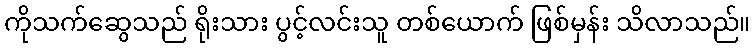
ကိုသက်ဆွေသည် ရိုးသား ပွင့်လင်းသူ တစ်ယောက် ဖြစ်မှန်း သိလာသည်။